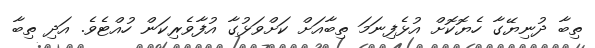
ތިބާ ދުނިޔޭގާ ހެޔޮކޮށް އުޅެފިނަމަ ތިބާއަށް ކަށްވަޅުގާ އުފާވެރިކަން ހުއްޓެވެ. އަދި ތިބާ